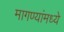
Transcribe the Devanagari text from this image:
मागण्यांमध्ये